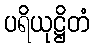
ပရိယုဋ္ဌိတံ